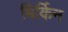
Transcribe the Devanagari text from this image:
बिर्किन